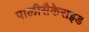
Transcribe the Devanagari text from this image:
पालीसैकेराइड